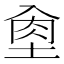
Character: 𡌵